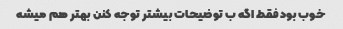
خوب بود فقط اگه ب توضیحات بیشتر توجه کنن بهتر هم میشه